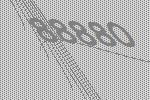
88880